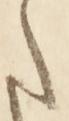
さ